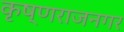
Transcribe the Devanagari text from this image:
कृष्णराजनगर